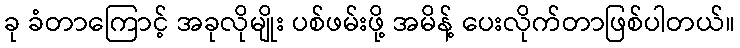
ခု ခံတာကြောင့် အခုလိုမျိုး ပစ်ဖမ်းဖို့ အမိန့် ပေးလိုက်တာဖြစ်ပါတယ်။